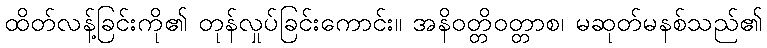
ထိတ်လန့်ခြင်းကို၏ တုန်လှုပ်ခြင်းကောင်း။ အနိဝတ္တိဝတ္တာစ၊ မဆုတ်မနစ်သည်၏